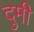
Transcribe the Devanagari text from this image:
दुमी